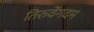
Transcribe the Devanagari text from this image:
तिरुवेंगदम